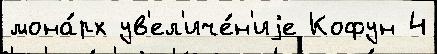
мона́рх ув'ел'иче́н'иjе Кофун 4